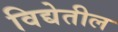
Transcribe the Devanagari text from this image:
विद्येतील